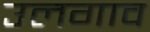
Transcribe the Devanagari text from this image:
उलगाव